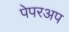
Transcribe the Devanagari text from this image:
पेपरअप